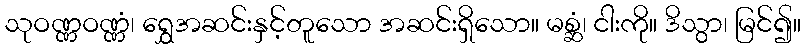
သုဝဏ္ဏဝဏ္ဏံ၊ ရွှေအဆင်းနှင့်တူသော အဆင်းရှိသော။ မစ္ဆံ၊ ငါးကို။ ဒိသွာ၊ မြင်၍။